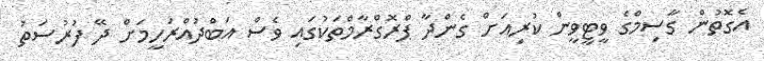
އެގޮތުން ގާސިމްގެ ވީޓީވީން ކުރިއަށް ގެންދާ ޕްރޮގްރާމްތަކުގައި ވެސް އަބްދުއްރަހީމަށް ދޭ ފުރުސަތު